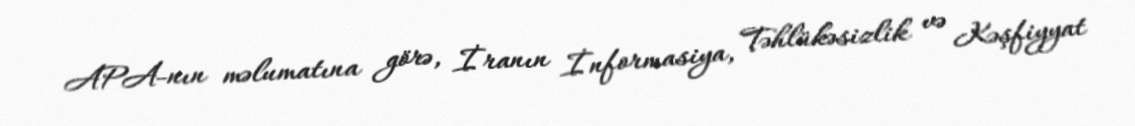
APA-nın məlumatına görə, İranın İnformasiya, Təhlükəsizlik və Kəşfiyyat